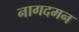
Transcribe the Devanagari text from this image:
नागदमन